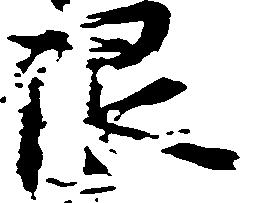
限